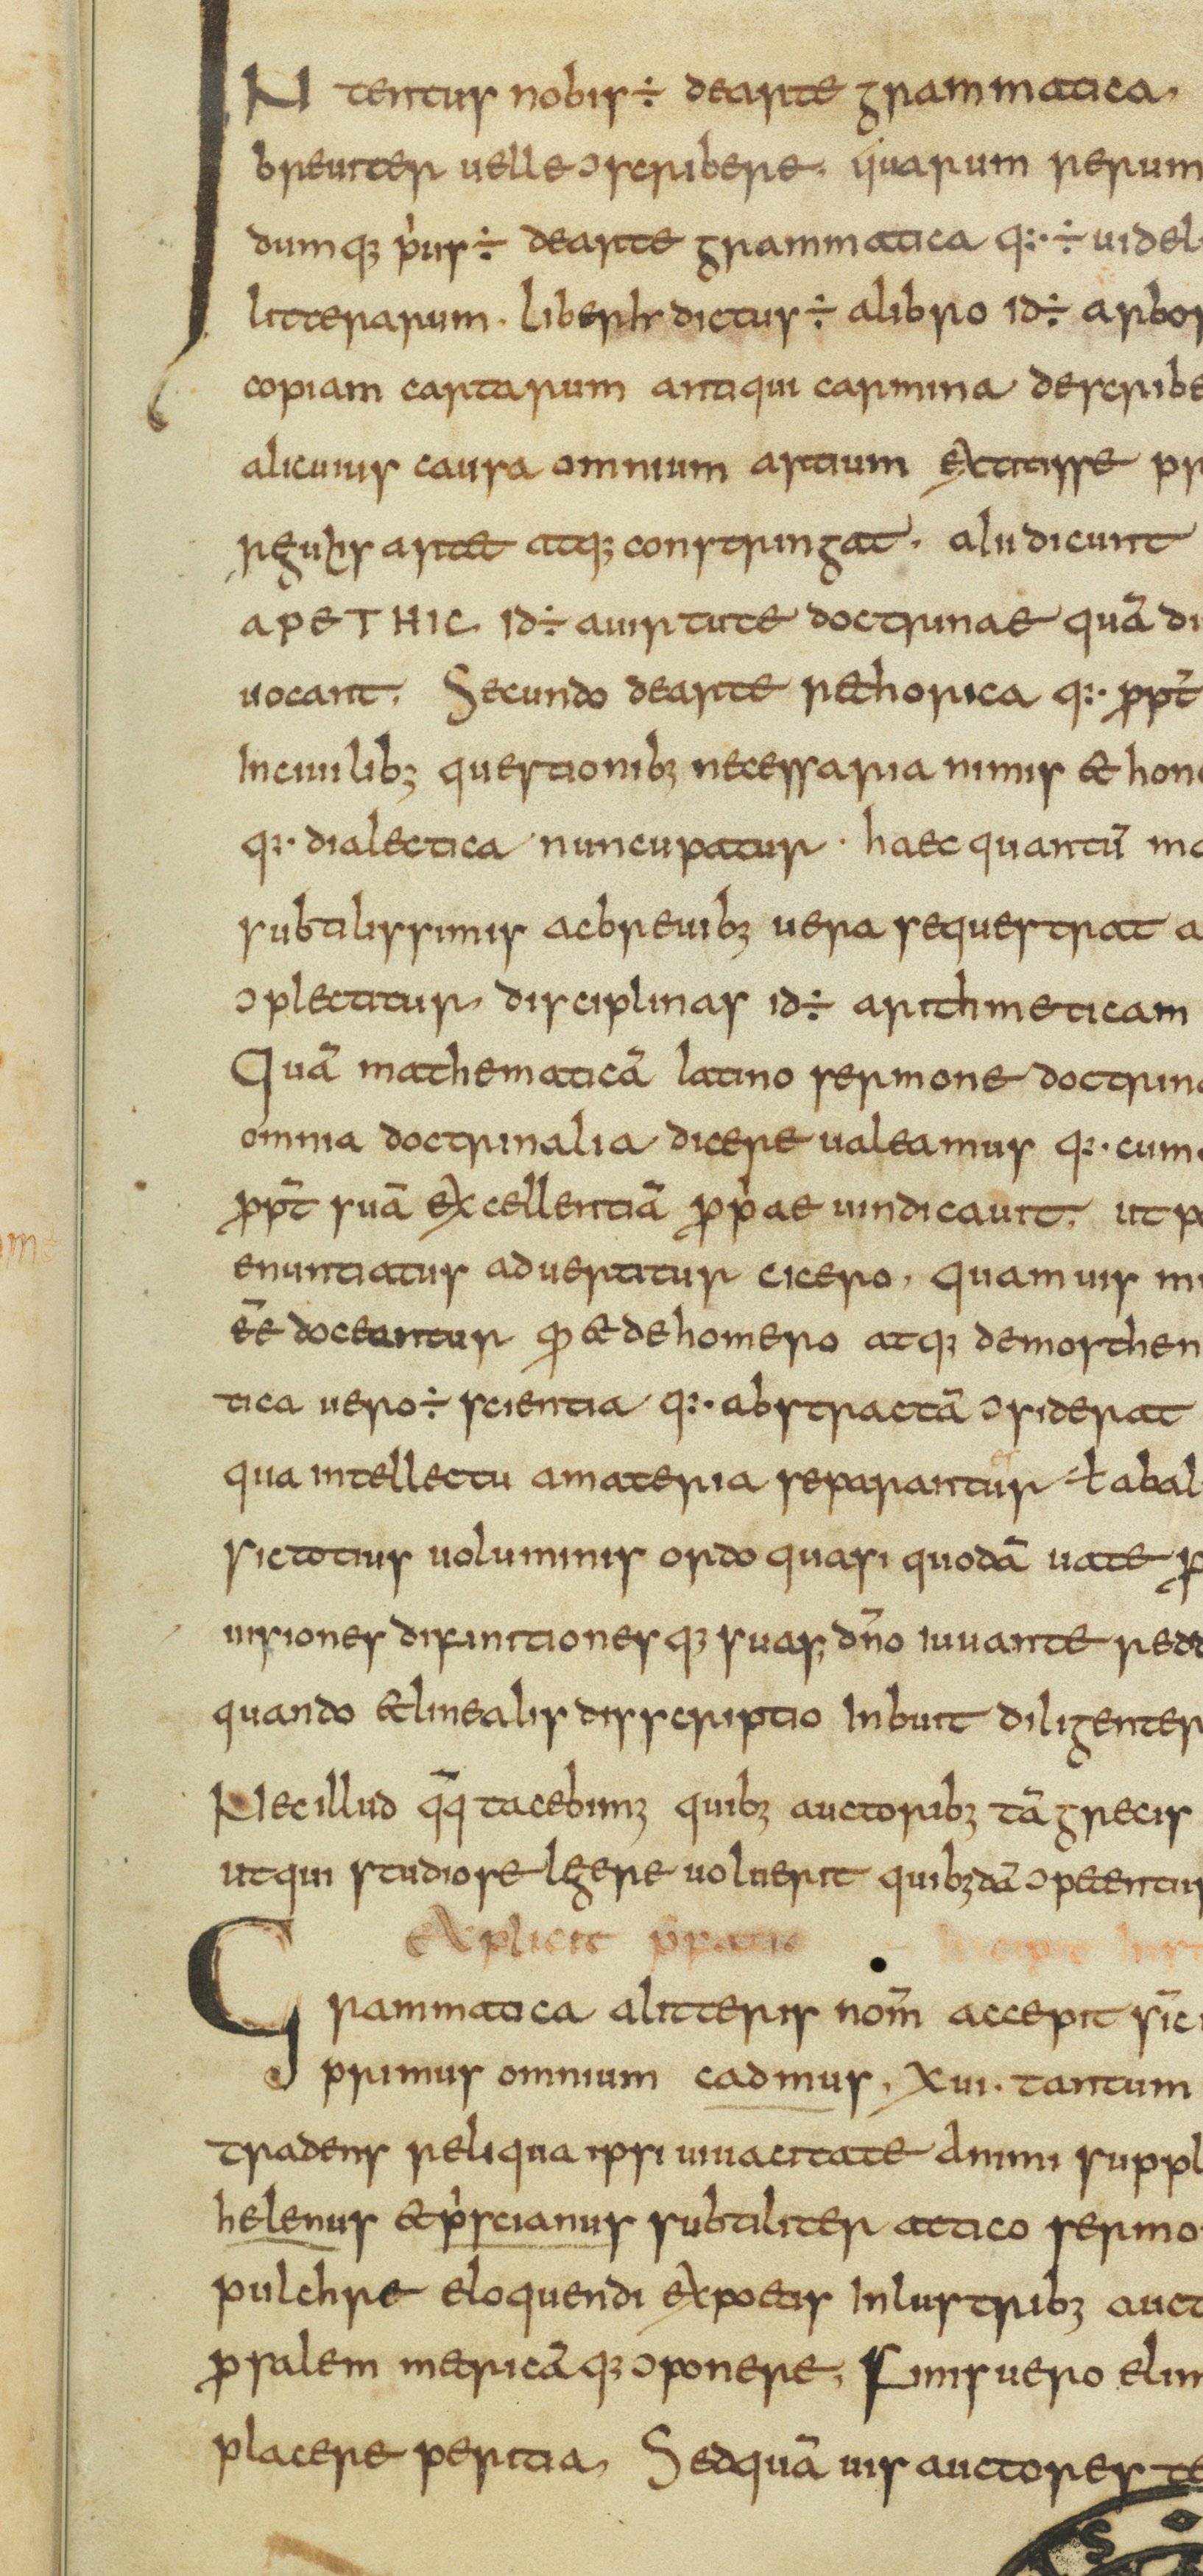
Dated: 825–849